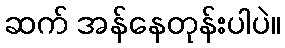
ဆက် အန်နေတုန်းပါပဲ။